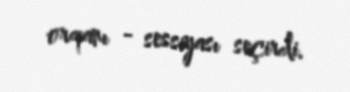
orqanı - sessiyası seçirdi.